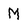
Character: M